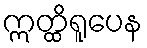
ဣတ္ထိရူပေန